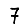
Digit: 7